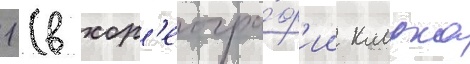
1 (в хор'еогра́ф'ии кларка